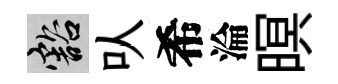
豁㕥希淪暝